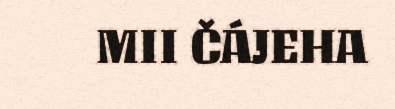
MII ČÁJEHA